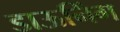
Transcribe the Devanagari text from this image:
डाऊनिंग